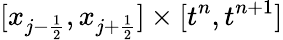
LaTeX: [x_{{j-\frac{1}{2}}},x_{{j+\frac{1}{2}}}]\times[t^{n},t^{n+1}]